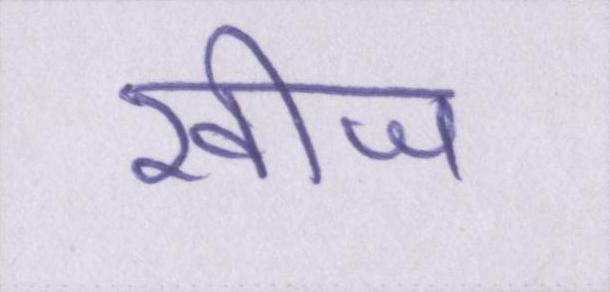
खीज